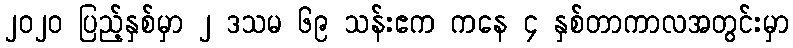
၂၀၂၀ ပြည့်နှစ်မှာ ၂ ဒသမ ၆၉ သန်းဧက ကနေ ၄ နှစ်တာကာလအတွင်းမှာ